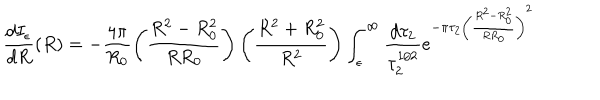
\frac { d I _ { \epsilon } } { d R } ( R ) = - \frac { 4 \pi } { R _ { 0 } } \left( \frac { R ^ { 2 } - R _ { 0 } ^ { 2 } } { R R _ { 0 } } \right) \left( \frac { R ^ { 2 } + R _ { 0 } ^ { 2 } } { R ^ { 2 } } \right) \int _ { \epsilon } ^ { \infty } \frac { d \tau _ { 2 } } { \tau _ { 2 } ^ { 1 / 2 } } e ^ { - \pi \tau _ { 2 } \left( \frac { R ^ { 2 } - R _ { 0 } ^ { 2 } } { R R _ { 0 } } \right) ^ { 2 } }